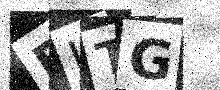
Text: BUTG